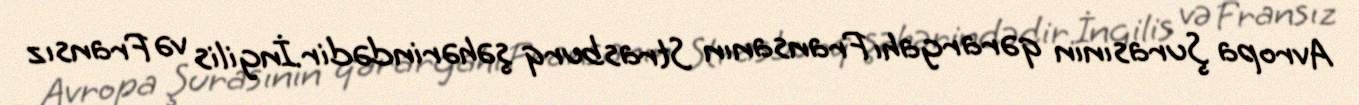
Avropa Şurasının qərargahı Fransanın Strasburq şəhərindədir.İngilis və Fransız